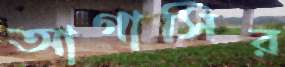
আগাসির